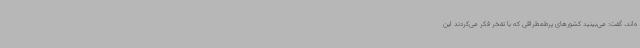
ه‌اند، گفت: می‌بینید کشورهای پرطمطراقی که با تفخر فکر می‌کردند این